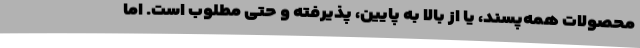
محصولات همه‌پسند، یا از بالا به پایین، پذیرفته و حتی مطلوب است. اما